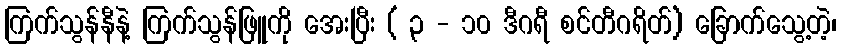
ကြက်သွန်နီနဲ့ ကြက်သွန်ဖြူကို အေးပြီး ( ၃ - ၁၀ ဒီဂရီ စင်တီဂရိတ်) ခြောက်သွေ့တဲ့၊